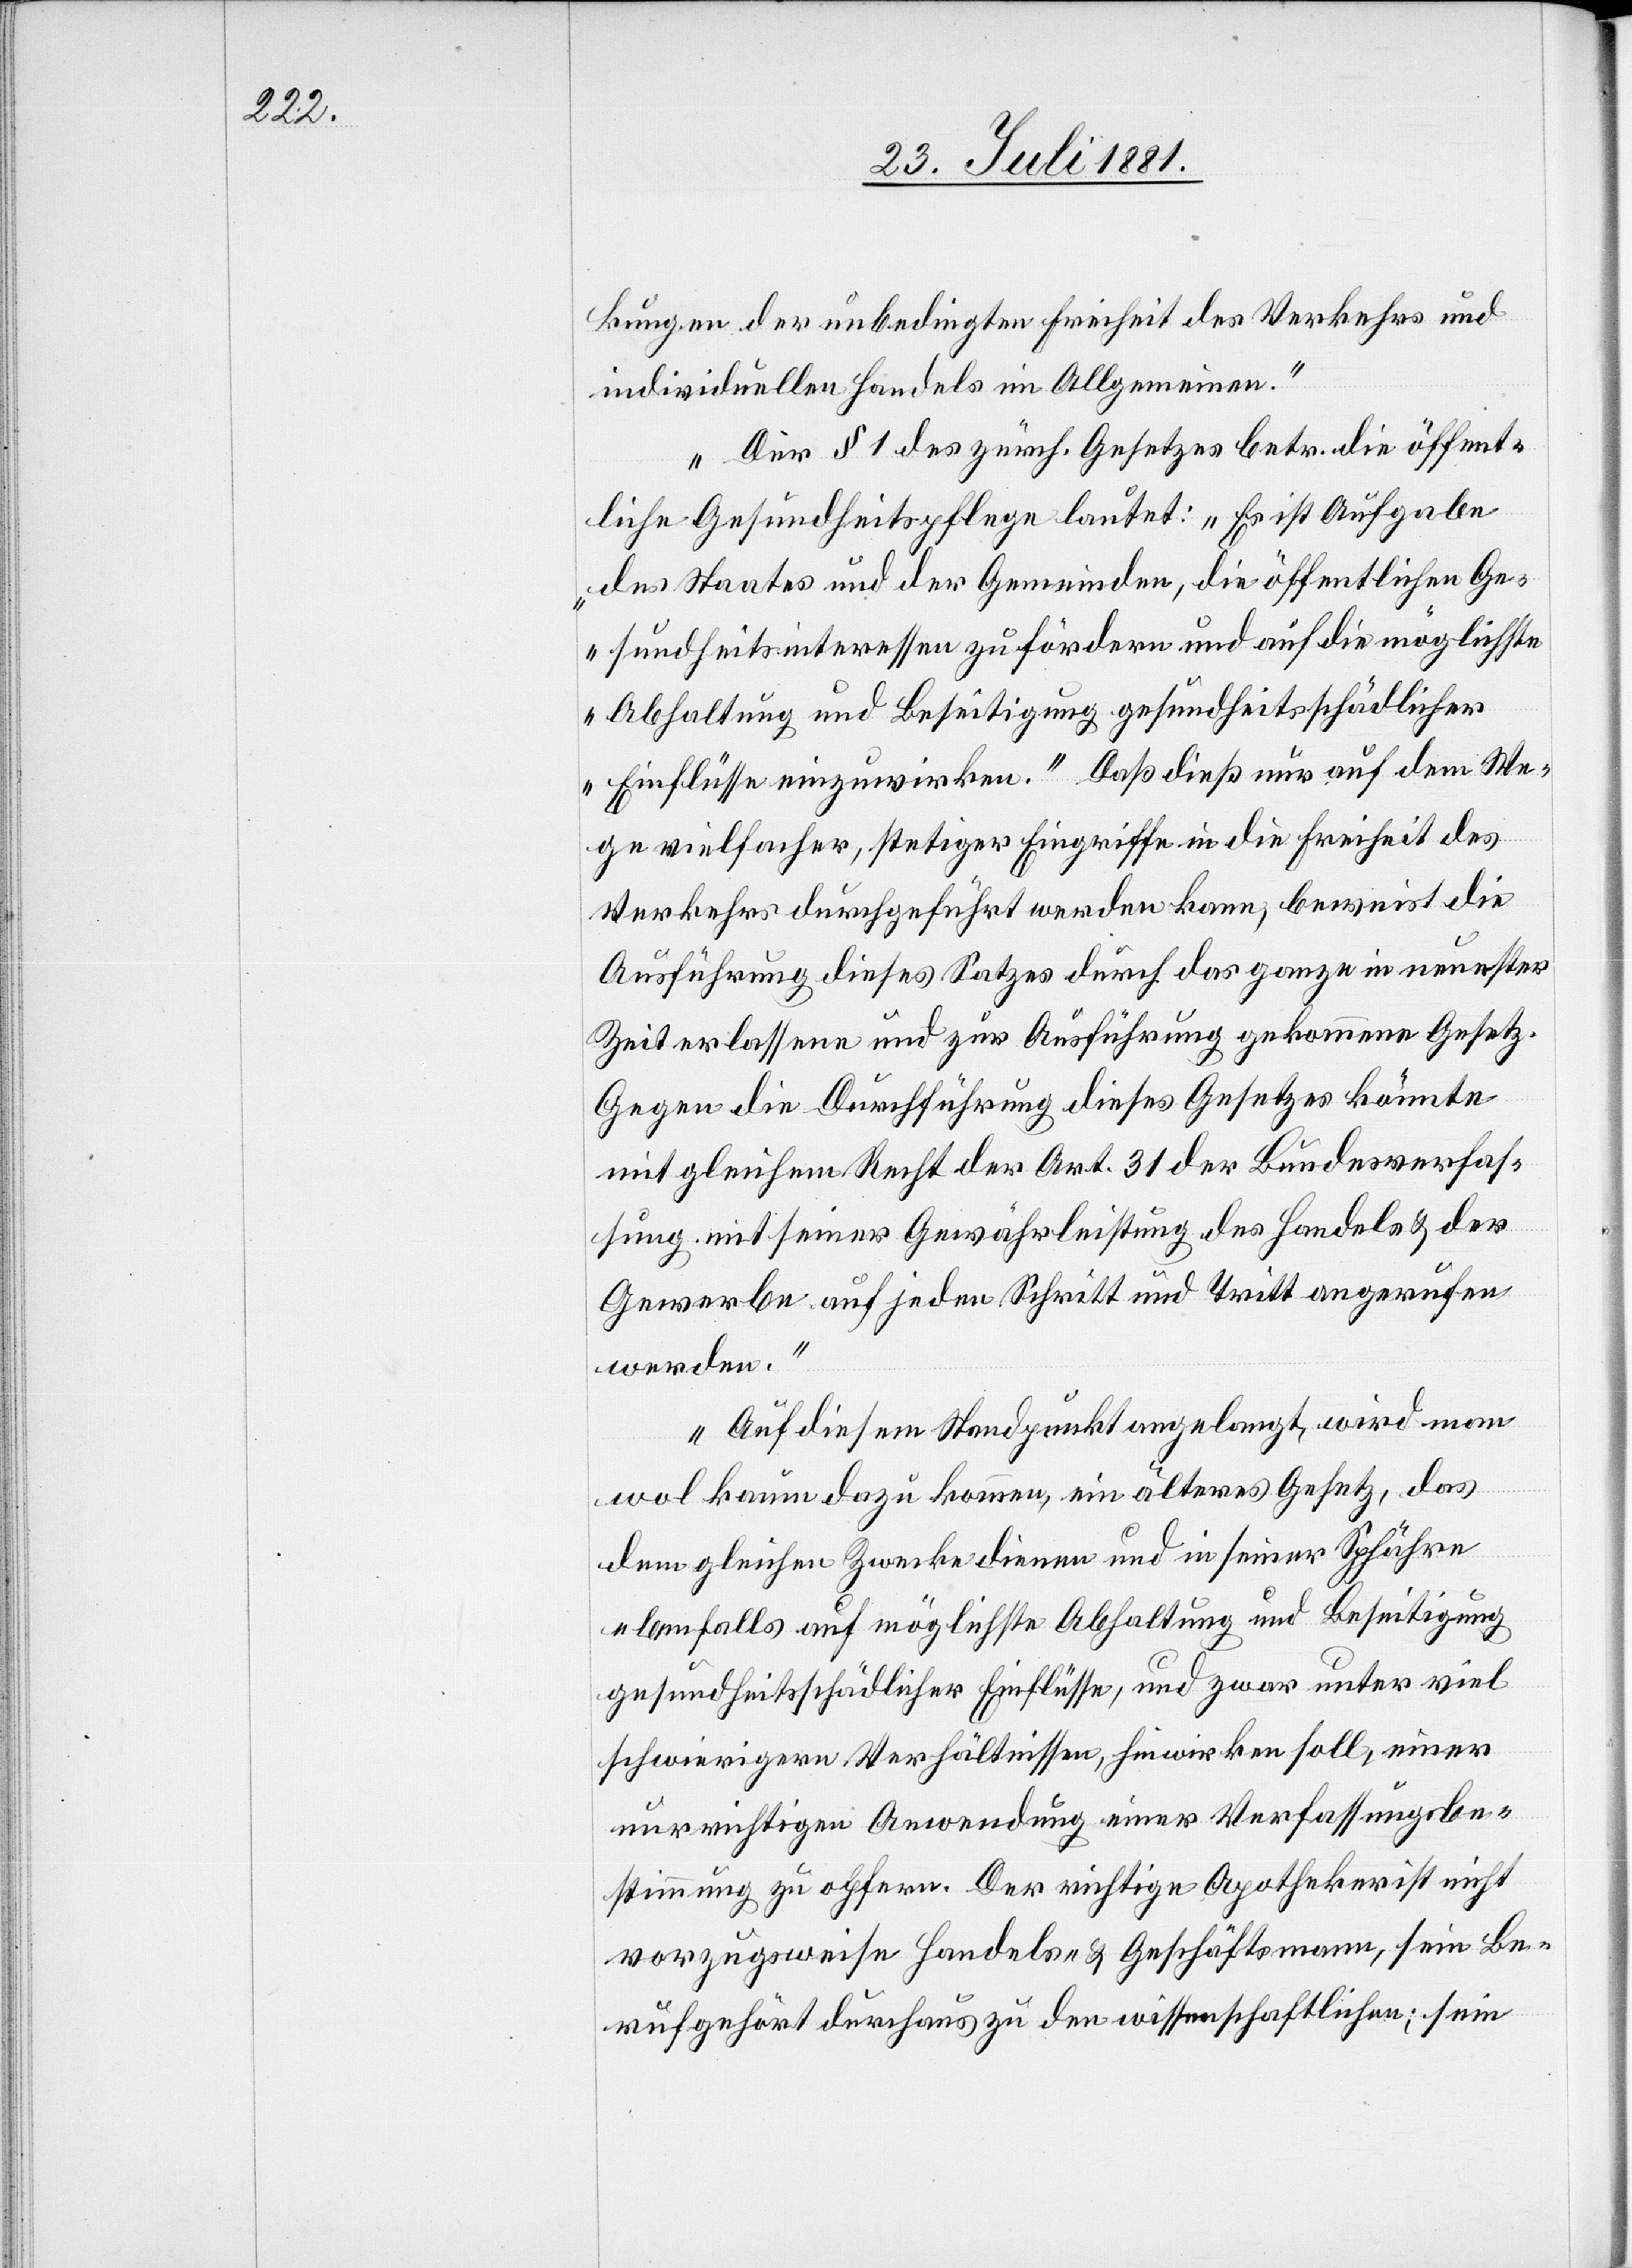
kungen der unbedingten Freiheit des Verkehrs und
individuellen Handels im Allgemeinen.
Der § 1 des zürch. Gesetzes betr. die öffent¬
liche Gesundheitspflege lautet: „Es ist Aufgabe
des Staates und der Gemeinden, die öffentlichen Ge¬
sundheitsinteressen zu fördern und auf die möglichste
Abhaltung und Beseitigung gesundheitsschädlicher
Einflüsse einzuwirken.“ Daß dieß nur auf dem We¬
ge vielfacher, stetiger Eingriffe in die Freiheit des
Verkehrs durchgeführt werden kann, beweist die
Ausführung dieses Satzes durch das ganze in neuester
Zeit erlassene und zur Ausführung gekommene Gesetz.
Gegen die Durchführung dieses Gesetzes könnte
mit gleichem Recht der Art. 31 der Bundesverfas¬
sung mit seiner Gewährleistung des Handels & der
Gewerbe auf jeden Schritt und Tritt angerufen
werden.
Auf diesem Standpunkt angelangt, wird man
wol kaum dazu kommen, ein älteres Gesetz, das
dem gleichen Zwecke dienen und in seiner Sphähre
ebenfalls auf möglichste Abhaltung und Beseitigung
gesundheitlicher Einflüsse, und zwar unter viel
schwierigeren Verhältnissen, hinwirken soll, einer
nur richtigen Anwendung einer Verfassungsbe¬
stimmung zu opfern. Der richtige Apotheker ist nicht
vorzugsweise Handels- & Geschäftsmann, sein Be¬
ruf gehört durchaus zu den wissenschaftlichen; sein